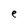
Character: e